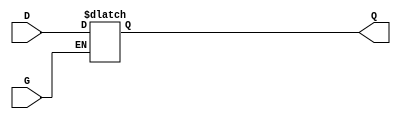
module gated_transparent_latch (
    input wire D,      // Data input
    input wire G,      // Enable signal
    output reg Q       // Output
);

// Always block to implement the latch behavior
always @(*) begin
    if (G) begin
        Q = D;        // When G is high, output follows input
    end else begin
        // When G is low, hold the last value of Q
        Q = Q;        // Retain the last value
    end
end

endmodule